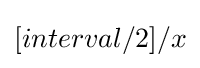
[interval/2]/x